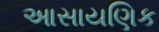
આસાયણિક